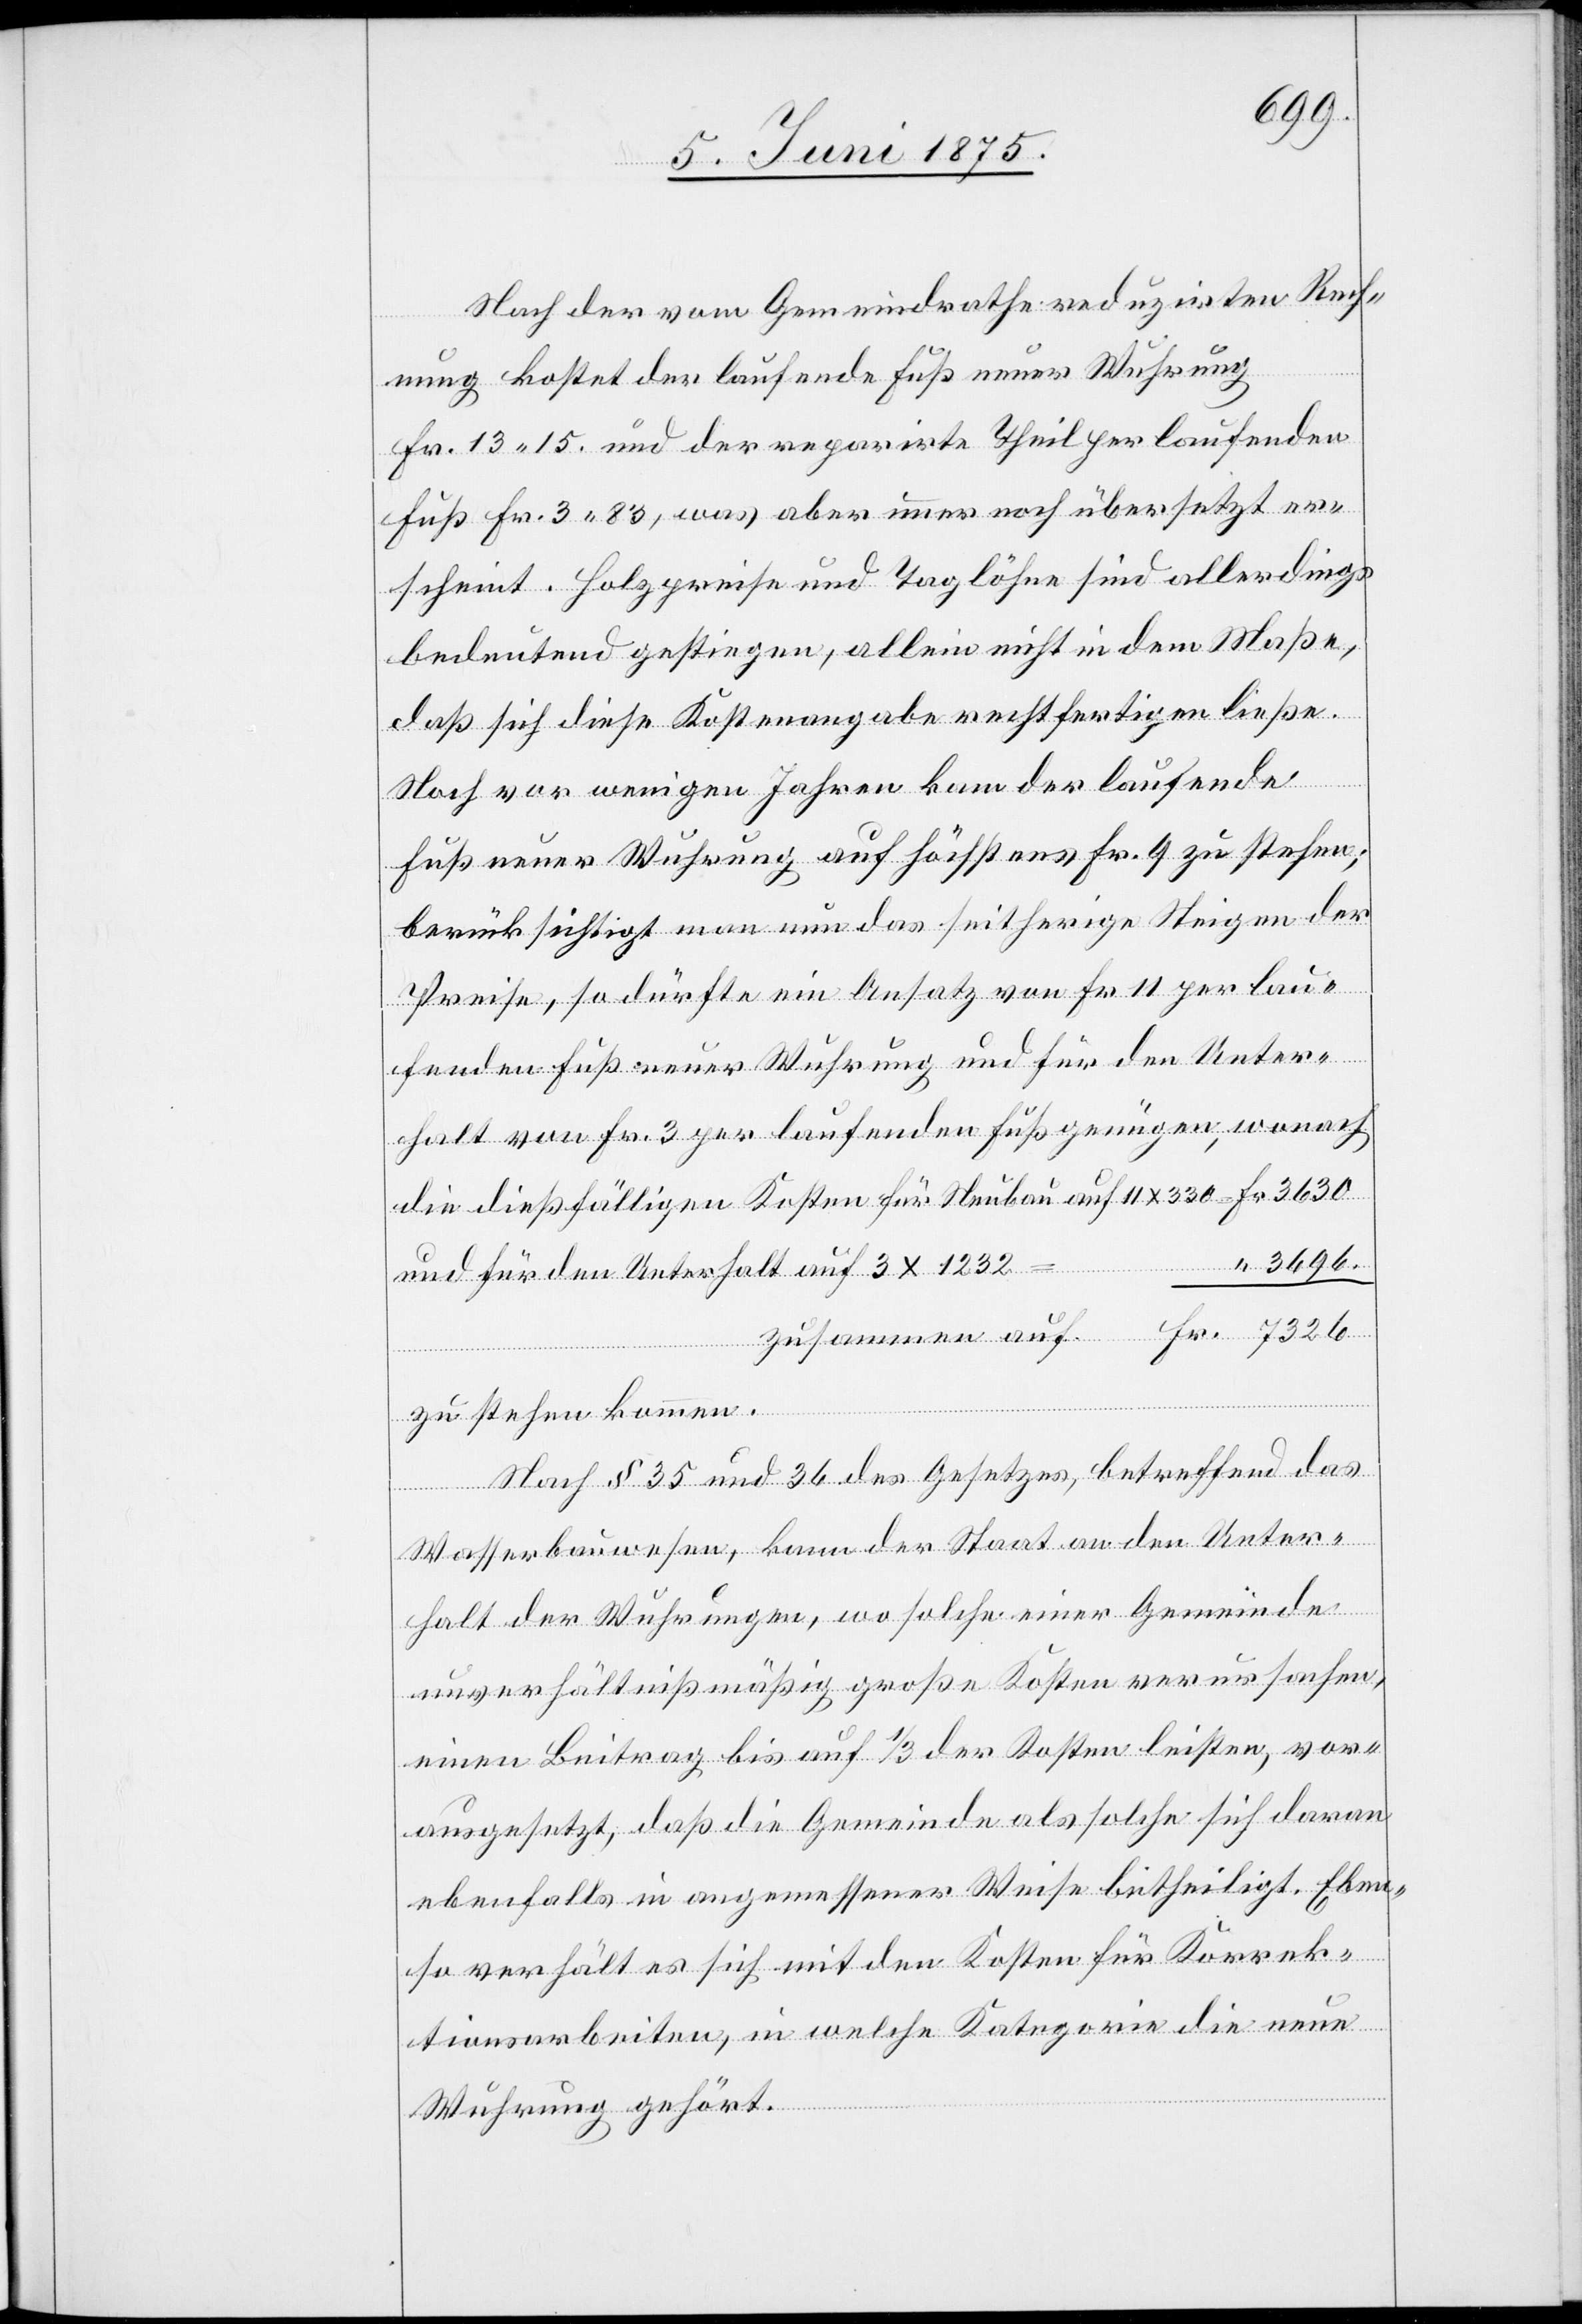
Nach der vom Gemeindrathe reduzirten Rech¬
nung kostet der laufende Fuß neuer Wuhrung
Fr. 13 15. und der reparirte Theil per laufenden
Fuß Fr. 3 83, was aber immer noch übersetzt er¬
scheint. Holzpreise und Taglöhne sind allerdings
bedeutend gestiegen, allein nicht in dem Maße,
daß sich diese Kostenangabe rechtfertigen ließe.
Noch vor weniger Jahren kam der laufende
Fuß neuer Wuhrung auf höchstens Fr. 9 zu stehen;
berücksichtigt man nun das seitherige Steigen der
Preise, so dürfte ein Ansatz von Fr. 11 per lau¬
fenden Fuß neuer Wuhrung und für den Unter¬
halt von Fr. 3 per laufenden Fuß genügen, wonach
die dießfälligen Kosten für Neubau auf 11 x 330
3696
und für den Unterhalt auf 3 x 1232
zustehen kommen.
Nach § 35 und 36 des Gesetzes, betreffend das
Wasserbauwesen, kann der Staat an den Unter¬
halt der Wuhrungen, wo solche einer Gemeinde
unverhältnißmäßig große Kosten verursachen,
einen Beitrag bis auf 1/3 der Kosten leisten, vor¬
ausgesetzt, daß die Gemeinde als solche sich daran
ebenfalls in angemessener Weise betheiligt. Eben¬
so verhält es sich mit den Kosten für Korrek¬
tionsarbeiten, in welche Kategorie die neue
Wuhrung gehört.